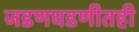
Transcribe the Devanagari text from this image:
जडणघडणीतही